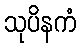
သုပိနကံ